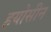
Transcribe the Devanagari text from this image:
हयोसीन